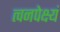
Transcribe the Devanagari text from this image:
त्वनपेक्ष्यं